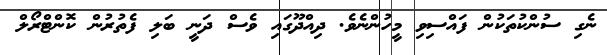
ނެގި ސުންކުތަކުން ފައްސިވި މީހުންނެވެ. ދިއްދޫގައި ވެސް ދަނީ ބަލި ފެތުރުން ކޮންޓްރޯލް